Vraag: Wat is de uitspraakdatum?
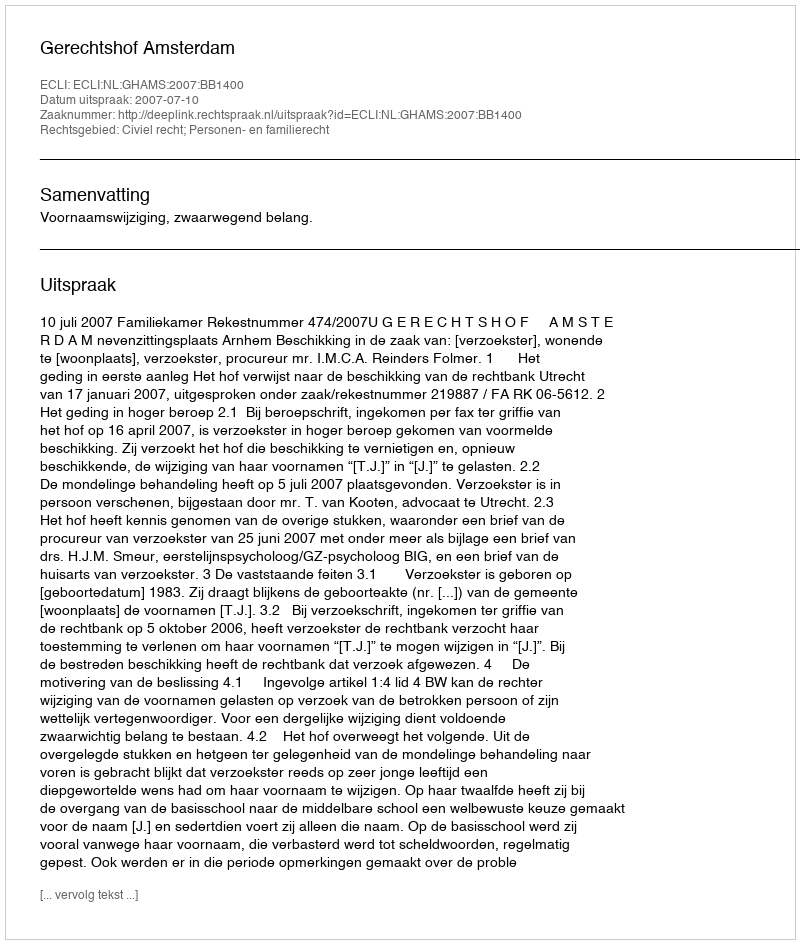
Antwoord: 2007-07-10